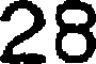
28